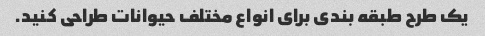
یک طرح طبقه بندی برای انواع مختلف حیوانات طراحی کنید.